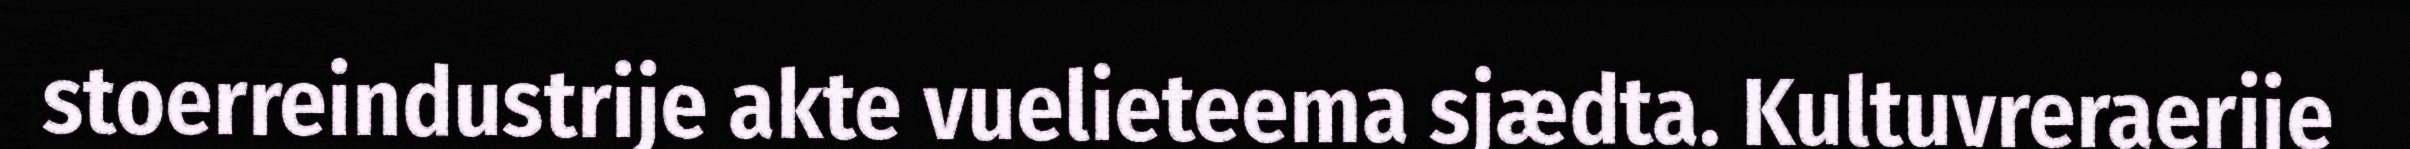
stoerreindustrije akte vuelieteema sjædta. Kultuvreraerije